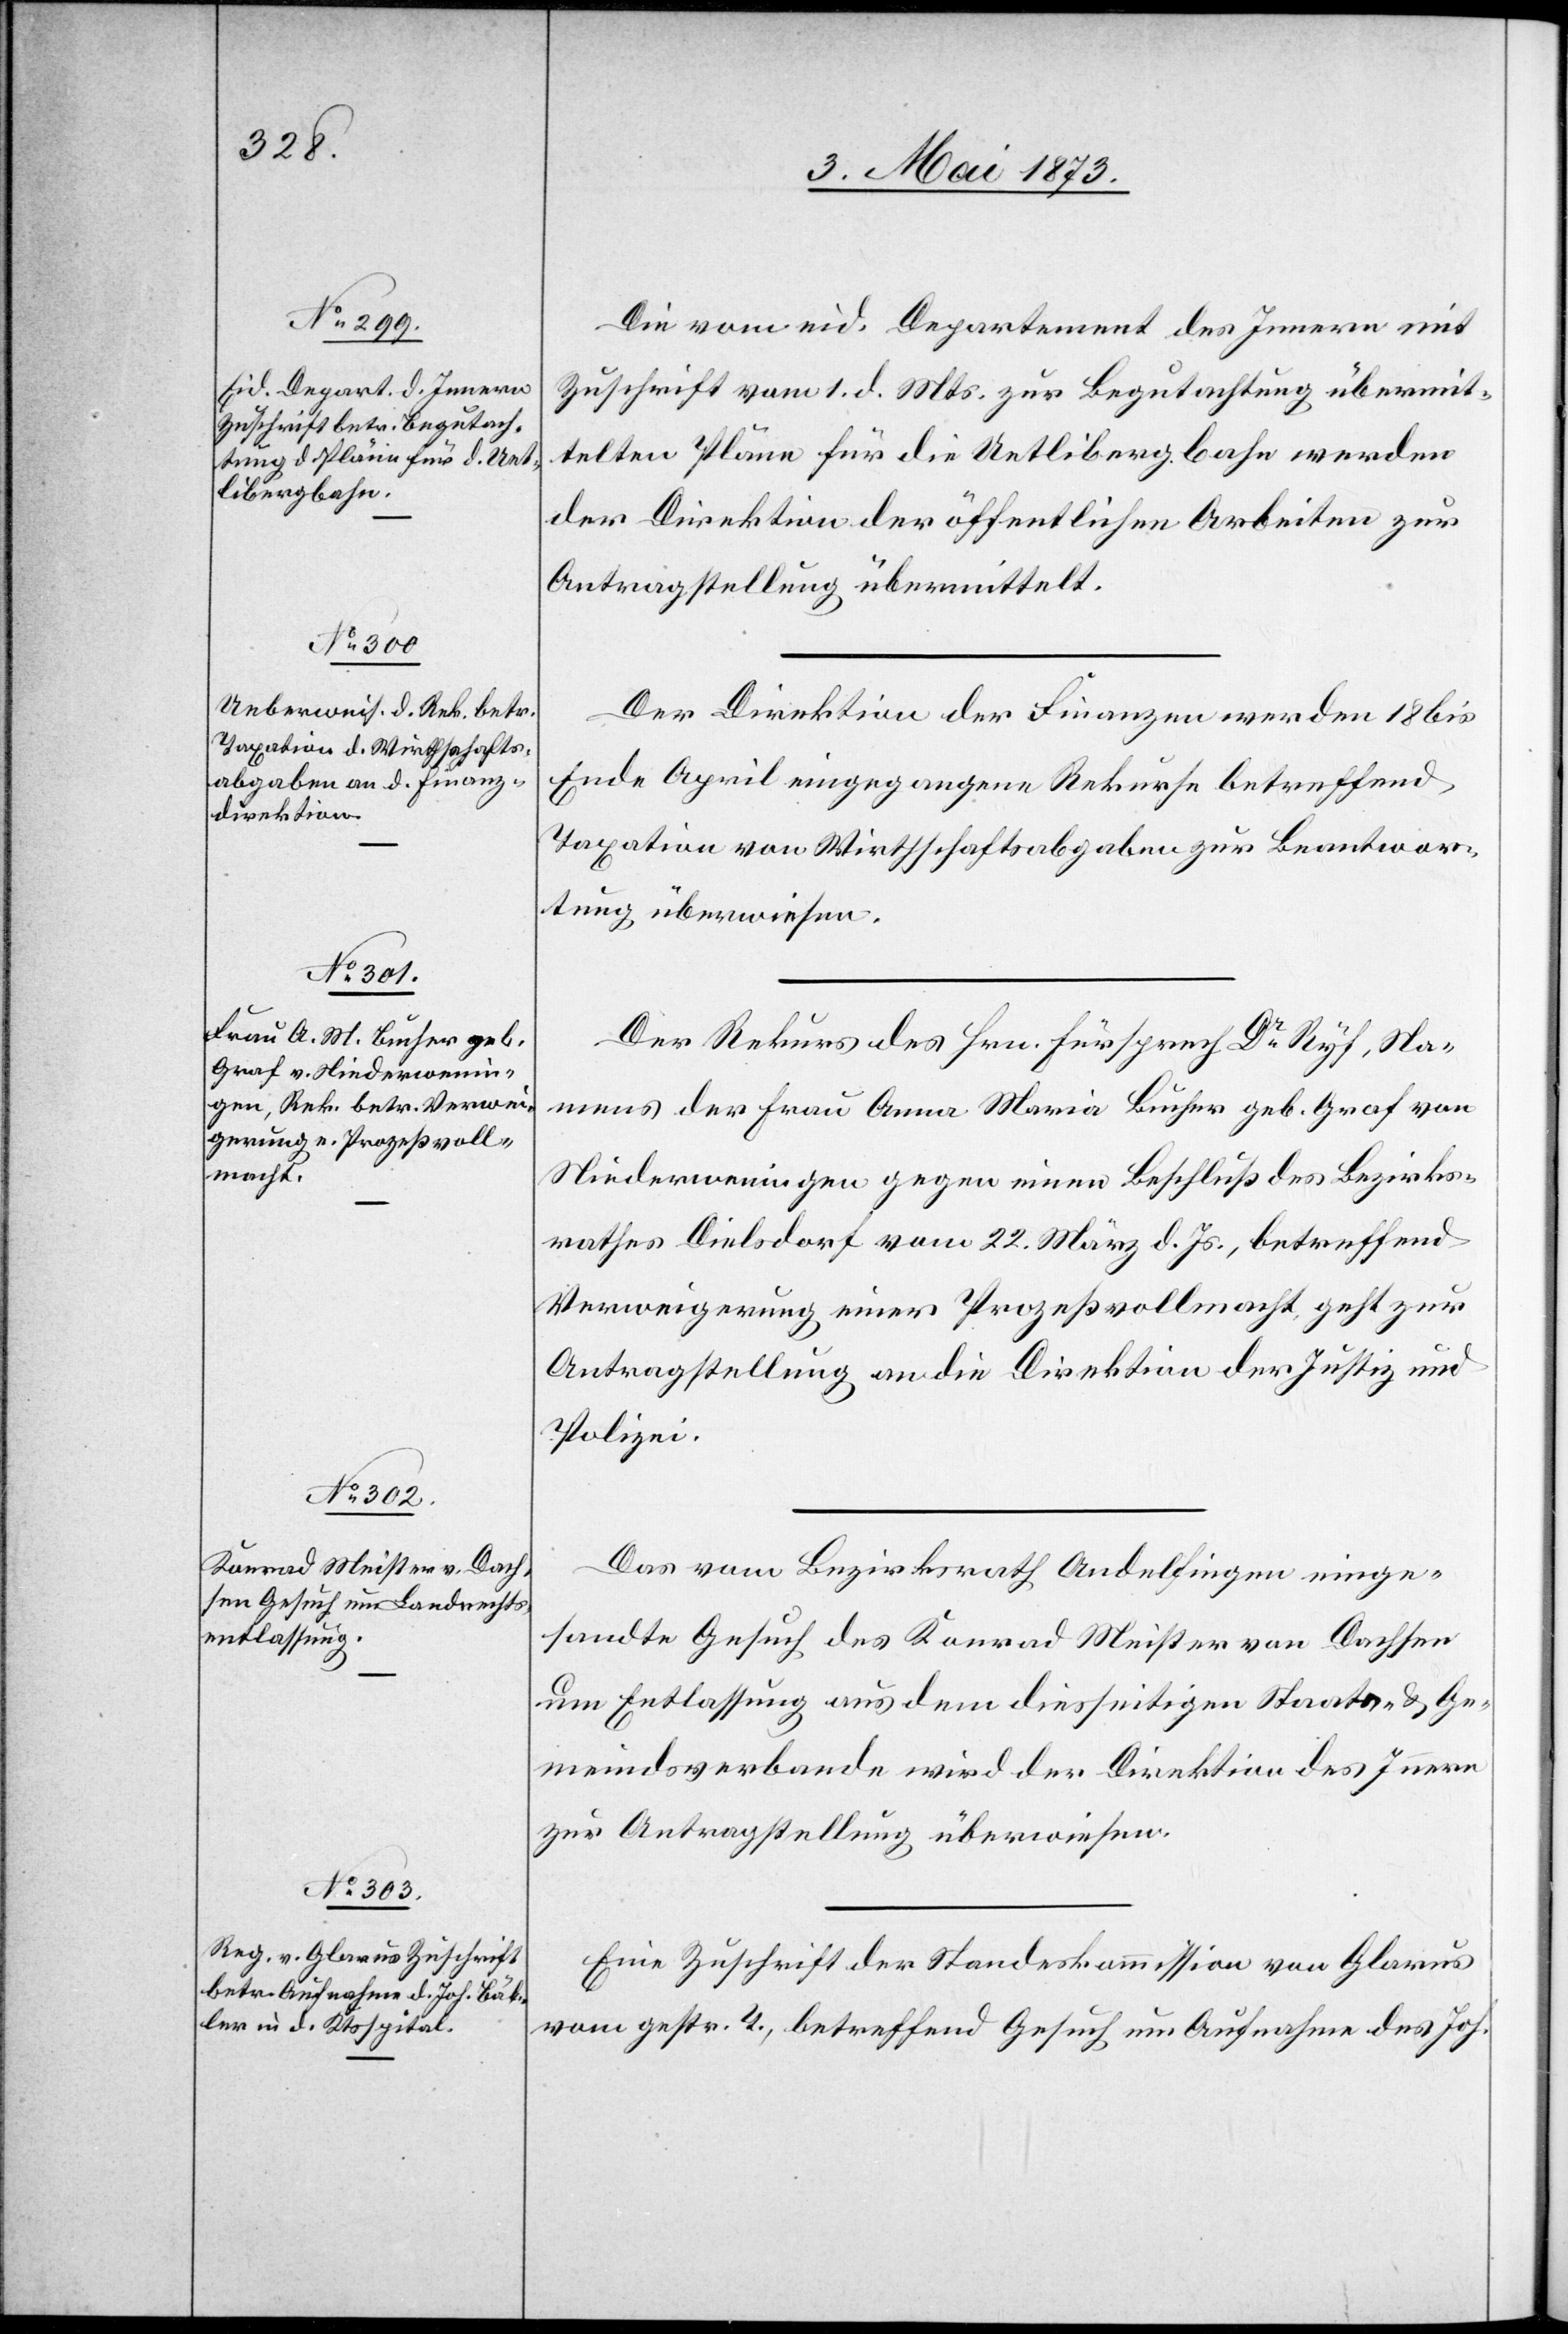
3. Mai 1873.]
Die vom eid. Departement des Innern mit
Zuschrift vom 1. d. Mts. zur Begutachtung übermit¬
telten Pläne für die Uetlibergbahn werden
der Direktion der öffentlichen Arbeiten zur
Antragstellung übermittelt.
Der Direktion der Finanzen werden 18 bis
Ende April eingegangene Rekurse betreffend
Taxation von Wirthschaftsabgaben zur Beantwor¬
tung überwiesen.
Der Rekurs des Hrn. Fürsprech Dr Ryf, Na¬
mens der Frau Anna Maria Bucher geb. Graf von
Niederweningen gegen einen Beschluß des Bezirks¬
rathes Dielsdorf vom 22. März d. Js., betreffend
Verweigerung einer Prozeßvollmacht, geht zur
Antragstellung an die Direktion der Justiz und
Polizei.
Das vom Bezirksrath Andelfingen einge¬
sandte Gesuch des Konrad Meister von Dachsen
um Entlassung aus dem diesseitigen Staats- & Ge¬
meindsverbande wird der Direktion des Innern
zur Antragstellung überwiesen.
Eine Zuschrift der Standeskommission von Glarus
vom gestr. T., betreffend Gesuch um Aufnahme des Joh.